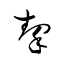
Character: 挈